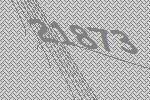
21873